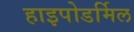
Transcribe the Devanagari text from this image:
हाइपोडर्मिल